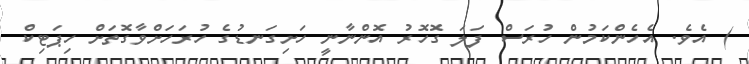
) އެވެ. އެހެންކަމުން ހުރަސް ފަލަ ގޮހޮރު އޮންނާނީ ހަށިގަނޑުގެ ހުރަހަށްވާގޮތަށް ހިޕަޓިކް